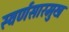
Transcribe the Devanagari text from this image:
स्वर्णसारमुख